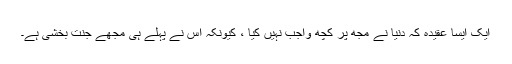
ایک ایسا عقیدہ کہ دنیا نے مجھ پر کچھ واجب نہیں کیا ، کیونکہ اس نے پہلے ہی مجھے جنت بخشی ہے۔